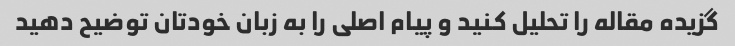
گزیده مقاله را تحلیل کنید و پیام اصلی را به زبان خودتان توضیح دهید